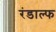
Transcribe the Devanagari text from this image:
रंडाल्फ